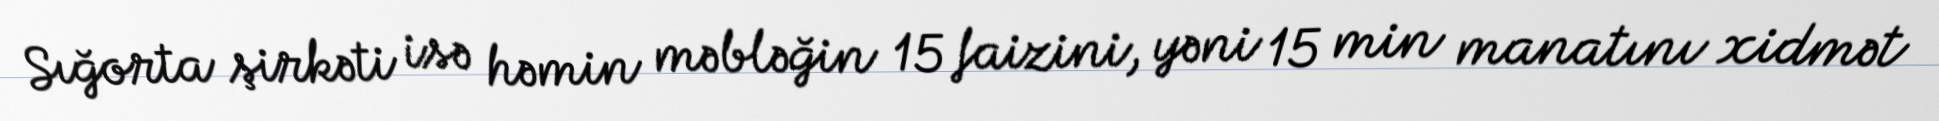
Sığorta şirkəti isə həmin məbləğin 15 faizini, yəni 15 min manatını xidmət